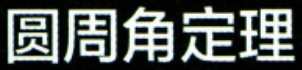
圆周角定理